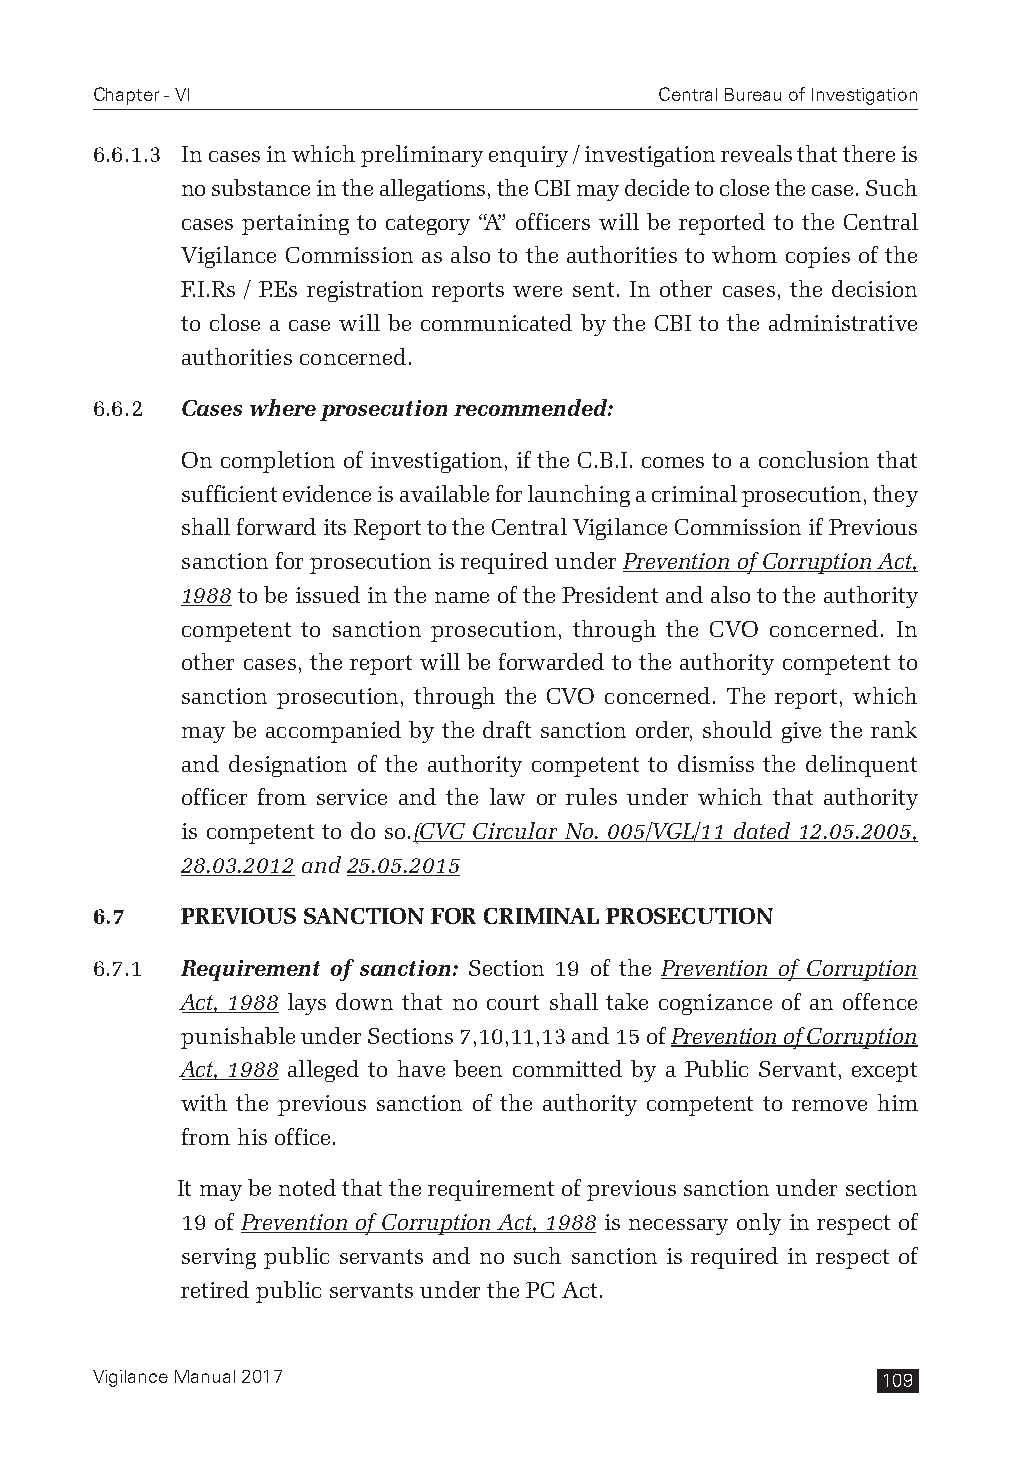
Chapter - VI                          Central Bureau of Investigation
 6.6.1.3 In cases in which preliminary enquiry / investigation reveals that there is
 no substance in the allegations, the CBI may decide to close the case. Such
 cases pertaining to category “A” officers will be reported to the Central
 Vigilance Commission as also to the authorities to whom copies of the
 F.I.Rs / P.Es registration reports were sent. In other cases, the decision
 to close a case will be communicated by the CBI to the administrative
 authorities concerned.
 6.6.2 Cases where prosecution recommended:
 On completion of investigation, if the C.B.I. comes to a conclusion that
 sufficient evidence is available for launching a criminal prosecution, they
 shall forward its Report to the Central Vigilance Commission if Previous
 sanction for prosecution is required under Prevention of Corruption Act,
 1988 to be issued in the name of the President and also to the authority
 competent to sanction prosecution, through the CVO concerned. In
 other cases, the report will be forwarded to the authority competent to
 sanction prosecution, through the CVO concerned. The report, which
 may be accompanied by the draft sanction order, should give the rank
 and designation of the authority competent to dismiss the delinquent
 officer from service and the law or rules under which that authority
 is competent to do so.(CVC Circular No. 005/VGL/11 dated 12.05.2005,
 28.03.2012 and 25.05.2015
 6.7   PREVIOUS SANCTION FOR CRIMINAL PROSECUTION
 6.7.1 Requirement of sanction: Section 19 of the Prevention of Corruption
 Act, 1988 lays down that no court shall take cognizance of an offence
 punishable under Sections 7,10,11,13 and 15 of Prevention of Corruption
 Act, 1988 alleged to have been committed by a Public Servant, except
 with the previous sanction of the authority competent to remove him
 from his office.
 It may be noted that the requirement of previous sanction under section
 19 of Prevention of Corruption Act, 1988 is necessary only in respect of
 serving public servants and no such sanction is required in respect of
 retired public servants under the PC Act.
 Vigilance Manual 2017                               109